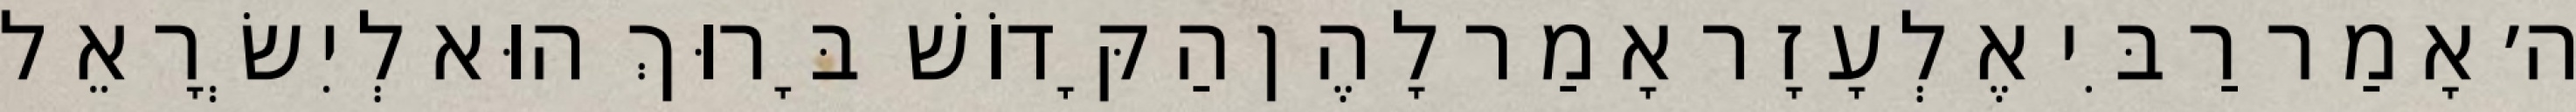
ה׳ אָמַר רַבִּי אֶלְעָזָר אָמַר לָהֶן הַקָּדוֹשׁ בָּרוּךְ הוּא לְיִשְׂרָאֵל